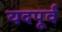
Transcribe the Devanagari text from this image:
यदपूर्वं